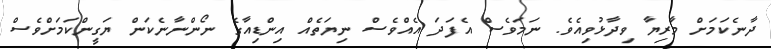
ދާނެކަމަށް މާރިޔާ ވިދާޅުވިއެވެ. ނަމަވެސް އެފަދަ އެއްވެސް ނިޔަތެއް އިންޑިއާގެ ނޯންނާނެކަން ޔަގީންކަމަށްވެސް